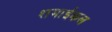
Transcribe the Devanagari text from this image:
शमाईकल